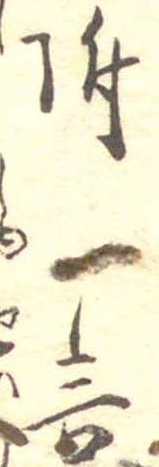
附言